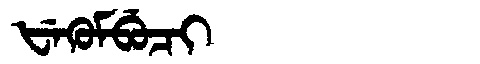
Manchu: ᡶᡝᡴᡠᠮᠪᡠᠴᡳ
Romanization: FEKUMBUCI